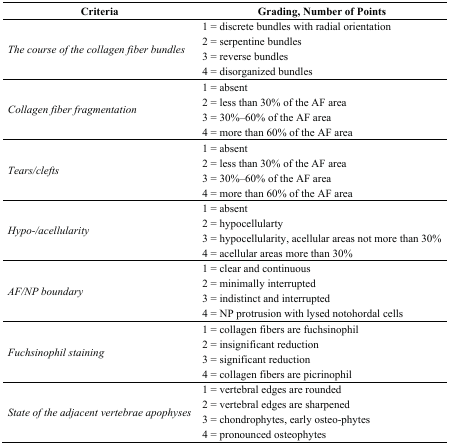
<table><thead><tr><td><b>Criteria</b></td><td><b>Grading, Number of Points</b></td></tr></thead><tbody><tr><td rowspan="4"><i>The course of the collagen fiber bundles</i></td><td>1 = discrete bundles with radial orientation</td></tr><tr><td>2 = serpentine bundles</td></tr><tr><td>3 = reverse bundles</td></tr><tr><td>4 = disorganized bundles</td></tr><tr><td rowspan="4"><i>Collagen fiber fragmentation</i></td><td>1 = absent</td></tr><tr><td>2 = less than 30% of the AF area</td></tr><tr><td>3 = 30%–60% of the AF area</td></tr><tr><td>4 = more than 60% of the AF area</td></tr><tr><td rowspan="4"><i>Tears/clefts</i></td><td>1 = absent</td></tr><tr><td>2 = less than 30% of the AF area</td></tr><tr><td>3 = 30%–60% of the AF area</td></tr><tr><td>4 = more than 60% of the AF area</td></tr><tr><td rowspan="4"><i>Hypo-/acellularity</i></td><td>1 = absent</td></tr><tr><td>2 = hypocellularty</td></tr><tr><td>3 = hypocellularity, acellular areas not more than 30%</td></tr><tr><td>4 = acellular areas more than 30%</td></tr><tr><td rowspan="4"><i>AF/NP boundary</i></td><td>1 = clear and continuous</td></tr><tr><td>2 = minimally interrupted</td></tr><tr><td>3 = indistinct and interrupted</td></tr><tr><td>4 = NP protrusion with lysed notohordal cells</td></tr><tr><td rowspan="4"><i>Fuchsinophil staining</i></td><td>1 = collagen fibers are fuchsinophil</td></tr><tr><td>2 = insignificant reduction</td></tr><tr><td>3 = significant reduction</td></tr><tr><td>4 = collagen fibers are picrinophil</td></tr><tr><td rowspan="4"><i>State of the adjacent vertebrae apophyses</i></td><td>1 = vertebral edges are rounded</td></tr><tr><td>2 = vertebral edges are sharpened</td></tr><tr><td>3 = chondrophytes, early osteo-phytes</td></tr><tr><td>4 = pronounced osteophytes</td></tr></tbody></table>